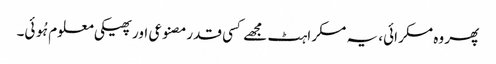
پھر وہ مسکرائی، یہ مسکراہٹ مجھے کسی قدرمصنوعی اور پھیکی معلوم ہُوئی۔